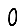
Digit: 0